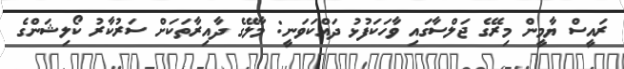
ރައީސް ޔާމީން މިރޭގެ ޖަލްސާގައި ވާހަކަފުޅު ދައްކަވަނީ: މާލޭގެ ދާއިރާތަކަށް ސަރުކާރު ކޯލިޝަންގެ